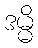
ဒမ္မိ